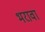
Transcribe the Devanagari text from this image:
भरावा